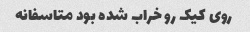
روی کیک رو خراب شده بود متاسفانه